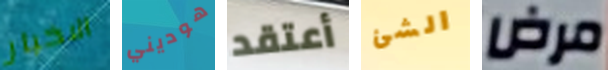
الاخبار هوديني أعتقد الشئ مرض